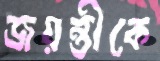
জয়ন্তীকে